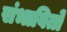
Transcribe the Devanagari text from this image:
संभावितो